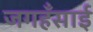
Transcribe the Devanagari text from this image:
जगहँसाई